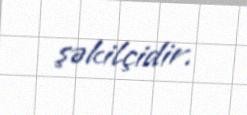
şəkilçidir.